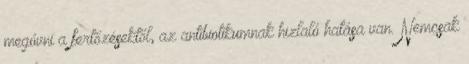
megóvni a fertőzésektől, az antibiotikumnak hizlaló hatása van. Nemcsak